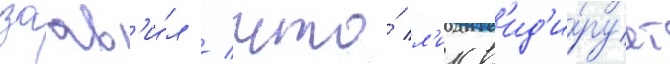
заав'и́л / что́ л'икв'ид'и́рует